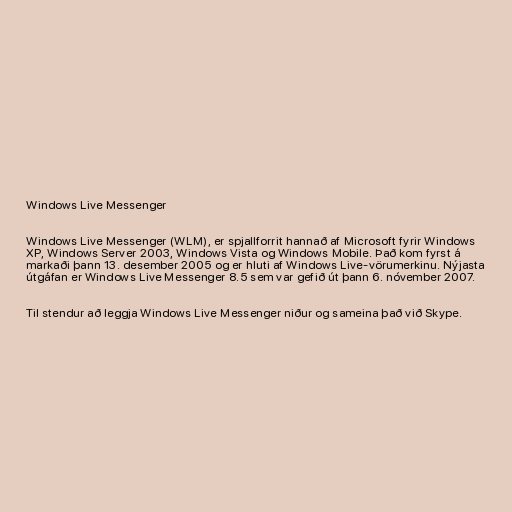
Windows Live Messenger

Windows Live Messenger (WLM), er spjallforrit hannað af Microsoft fyrir Windows
XP, Windows Server 2003, Windows Vista og Windows Mobile. Það kom fyrst á
markaði þann 13. desember 2005 og er hluti af Windows Live-vörumerkinu. Nýjasta
útgáfan er Windows Live Messenger 8.5 sem var gefið út þann 6. nóvember 2007.

Til stendur að leggja Windows Live Messenger niður og sameina það við Skype.